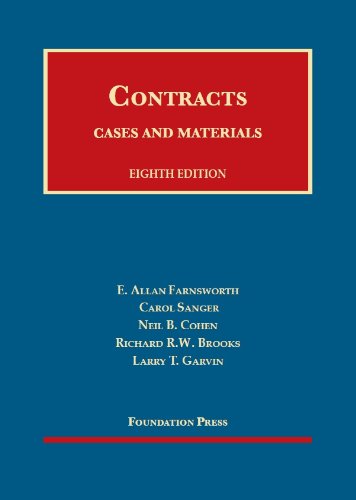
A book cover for Cases and Materials on Contracts, 8th (University Casebook Series); E. Farnsworth; Law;